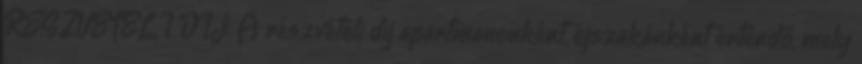
RÉSZVÉTELI DÍJ: A részvételi díj apartmanonként, éjszakánként értendő, mely